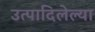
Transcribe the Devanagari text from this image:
उत्पादिलेल्या